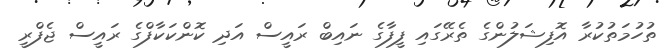
ތުހުމަތުކުރާ އޮފިޝަލުންގެ ތެރޭގައި ފީފާގެ ނައިބް ރައީސް އަދި ކޮންކަކާފްގެ ރައީސް ޖެފްރީ